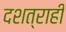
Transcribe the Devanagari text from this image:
दशत्राही